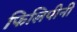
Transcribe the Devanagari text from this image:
फिलिपीनी